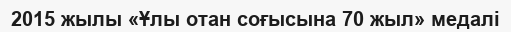
2015 жылы «Ұлы отан соғысына 70 жыл» медалі